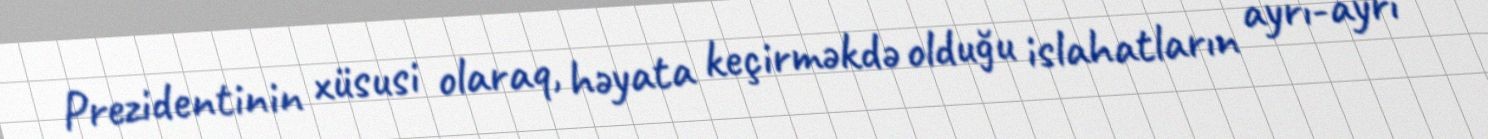
Prezidentinin xüsusi olaraq, həyata keçirməkdə olduğu islahatların ayrı-ayrı